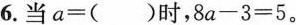
6.当$$a = ( )$$时，$$8 a - 3 = 5$$。